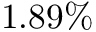
1 . 8 9 \%